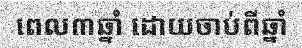
ពេល៣ឆ្នាំ ដោយចាប់ពីឆ្នាំ